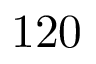
1 2 0